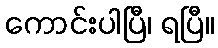
ကောင်းပါပြီ၊ ရပြီ။